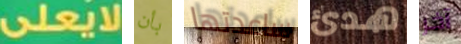
لايعلى بأن ساعدتها هدئ آخر